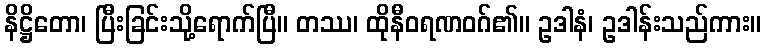
နိဋ္ဌိတော၊ ပြီးခြင်းသို့ရောက်ပြီ။ တဿ၊ ထိုနီဝရဏဝဂ်၏။ ဥဒါနံ၊ ဥဒါန်းသည်ကား။